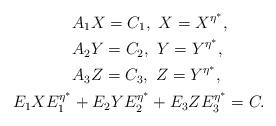
LaTeX: \begin{align*}\begin{aligned}&A_{1}X=C_{1},\ X=X^{\eta^{\ast}},\\&A_{2}Y=C_{2},\ Y=Y^{\eta^{\ast}},\\&A_{3}Z=C_{3},\ Z=Y^{\eta^{\ast}},\\E_{1}XE_{1}^{\eta^{\ast}}&+E_{2}YE_{2}^{\eta^{\ast}}+E_{3}ZE_{3}^{\eta^{\ast}}=C.\end{aligned}\end{align*}